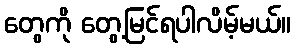
တွေကို တွေ့မြင်ရပါလိမ့်မယ်။